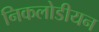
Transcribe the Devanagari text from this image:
निकलोडीयन